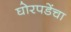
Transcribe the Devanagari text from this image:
घोरपडेंचा